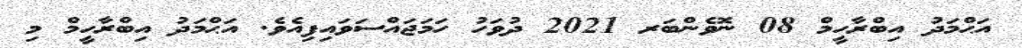
އަޙްމަދު އިބްރާހީމް 08 ނޮވެންބަރ 2021 ދުވަހު ހަމަޖައްސަވައިފިއެވެ. އަޙްމަދު އިބްރާހީމް މި